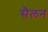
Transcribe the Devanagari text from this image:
सैलन